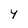
Character: Y